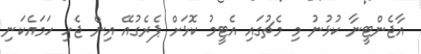
އާޖެންޓީނާ ކުޅުނު މި މެޗުގައި އެޓީމު ކޮޅަށް ޕެރެގުއޭ އިން ޖެހި ހަމައެކަނި